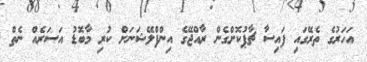
އަހަރުގެ ތެރޭގައި ފައިސާ ޗާޕުކޮށްގެން ރާއްޖޭގެ އިިންފްލޭޝަނަށް ކުރި މާބޮޑު އަސަރެއް ނެތް